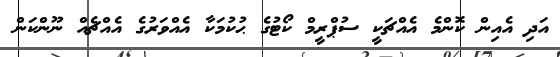
އަދި އެއިން ކޮންމެ އެއްޗަކީ ސުޕްރީމް ކޯޓުގެ ޙުކުމަކާ އެއްވަރުގެ އެއްޗެއް ނޫންކަން